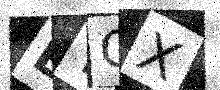
Text: EYCX